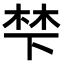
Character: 梺